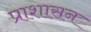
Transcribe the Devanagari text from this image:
प्राशासन